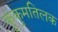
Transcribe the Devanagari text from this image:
कुंकुमतिलक